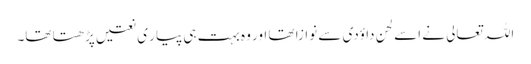
اللہ تعالی نے اسے لحنِ داؤدی سے نوازا تھا اور وہ بہت ہی پیار ی نعتیں پڑھتا تھا۔